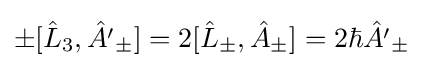
\pm [{\hat {L}}_{3},{\hat {A'}}_{\pm }]=2[{\hat {L}}_{\pm },{\hat {A}}_{\pm }]=2\hbar {\hat {A'}}_{\pm }